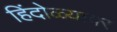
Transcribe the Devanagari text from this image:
हिंदोळ्यावर